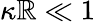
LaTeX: \kappa\mathbb{R}\ll1